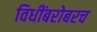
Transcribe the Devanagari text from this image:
विधींबरोबरच